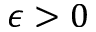
\epsilon > 0